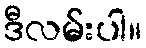
ဒီလမ်းပါ။